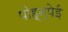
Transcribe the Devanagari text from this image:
पोह्न्पेई